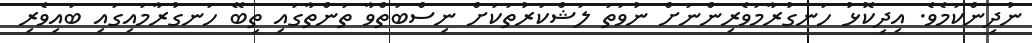
ނުދިންކަމެވެ. އިދިކޮޅު ހަނގުރާމަވެރިންނަށް ނުވަތަ ލަޝްކަރުތަކަށް ނިސްބަތްވާ ތަންތާގައި ތިބޭ ހަނގުރާމައިގައި ބައިވެރި